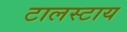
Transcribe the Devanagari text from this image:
टालस्‍टाय